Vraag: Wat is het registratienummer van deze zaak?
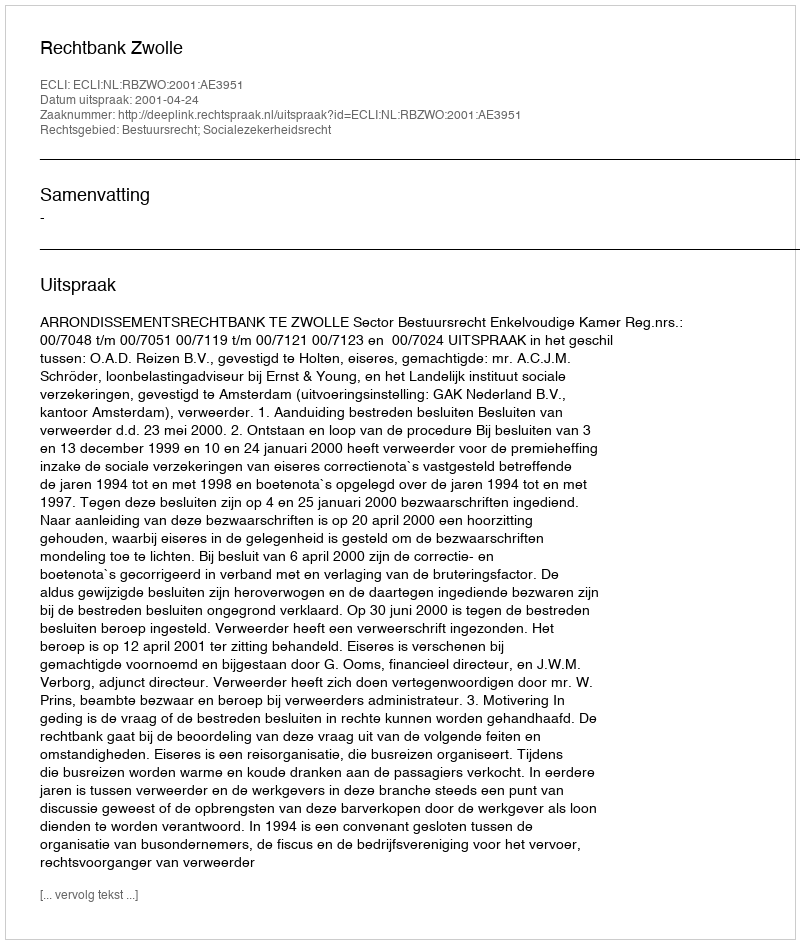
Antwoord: http://deeplink.rechtspraak.nl/uitspraak?id=ECLI:NL:RBZWO:2001:AE3951